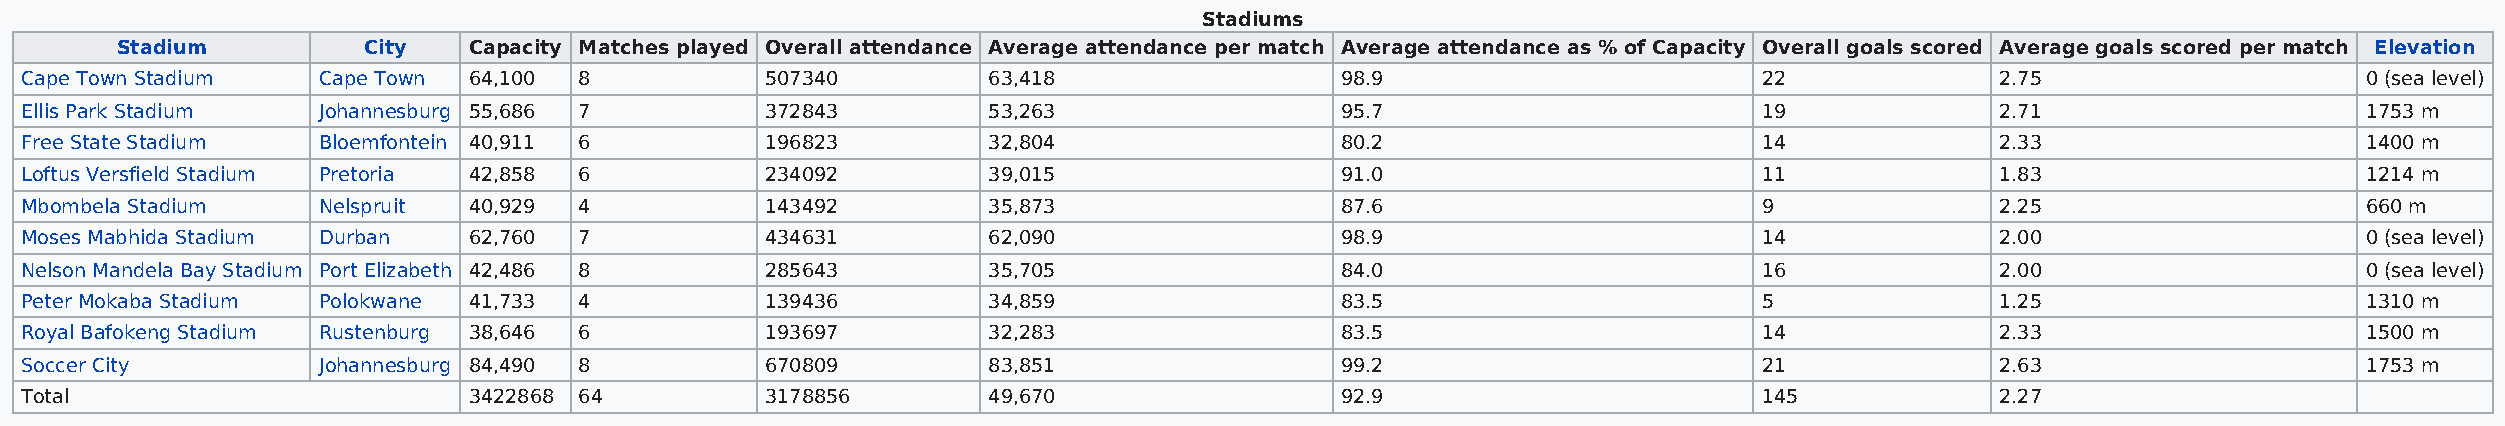
Stadiums
 Stadium         City   Capacity Matches played Overall attendance Average attendance per match Average attendance as % of Capacity Overall goals scored Average goals scored per match Elevation
 Cape Town Stadium   Cape Town 64,100 8            507340        63,418                  98.9                        22             2.75                     0 (sea level)
 Ellis Park Stadium  Johannesburg 55,686 7         372843        53,263                  95.7                        19             2.71                     1753 m
 Free State Stadium  Bloemfontein 40,911 6         196823        32,804                  80.2                        14             2.33                     1400 m
 Loftus Versfield Stadium Pretoria 42,858 6        234092        39,015                  91.0                        11             1.83                     1214 m
 Mbombela Stadium    Nelspruit 40,929 4            143492        35,873                  87.6                        9              2.25                     660 m
 Moses Mabhida Stadium Durban  62,760 7            434631        62,090                  98.9                        14             2.00                     0 (sea level)
 Nelson Mandela Bay Stadium Port Elizabeth 42,486 8 285643       35,705                  84.0                        16             2.00                     0 (sea level)
 Peter Mokaba Stadium Polokwane 41,733 4           139436        34,859                  83.5                        5              1.25                     1310 m
 Royal Bafokeng Stadium Rustenburg 38,646 6        193697        32,283                  83.5                        14             2.33                     1500 m
 Soccer City         Johannesburg 84,490 8         670809        83,851                  99.2                        21             2.63                     1753 m
 Total                         3422868 64          3178856       49,670                  92.9                        145            2.27